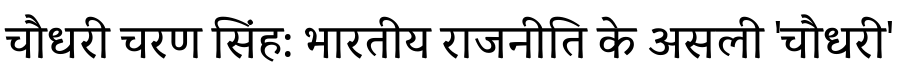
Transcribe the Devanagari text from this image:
चौधरी चरण सिंह: भारतीय राजनीति के असली 'चौधरी'